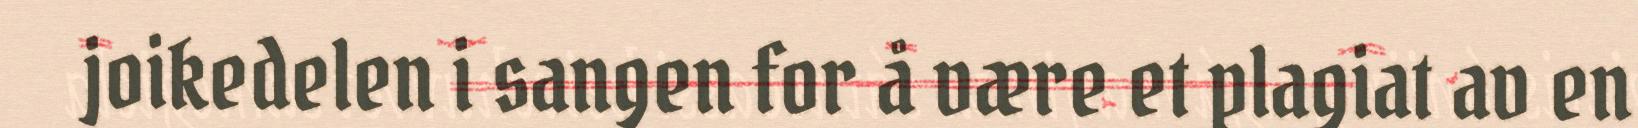
joikedelen i sangen for å være et plagiat av en